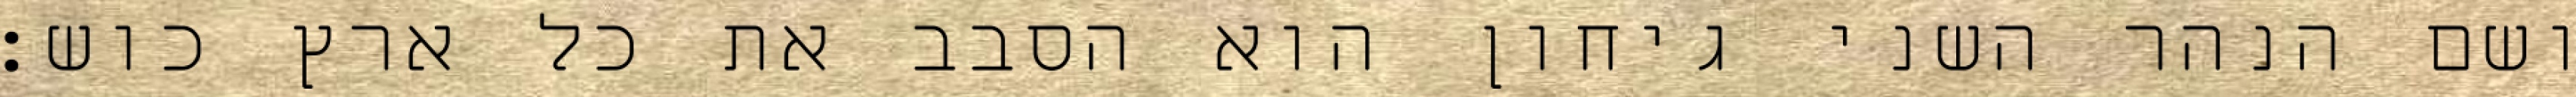
ושם הנהר השני גיחון הוא הסבב את כל ארץ כוש׃